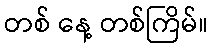
တစ် နေ့ တစ်ကြိမ်။